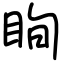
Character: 眴